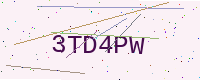
Text: 3TD4PW